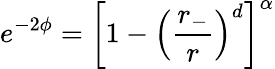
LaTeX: e^{-2\phi}=\left[1-\left(\frac{r_{-}}{r}\right)^{d}\right]^{\alpha}